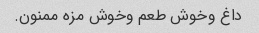
داغ وخوش طعم وخوش مزه ممنون.